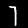
Label: 7